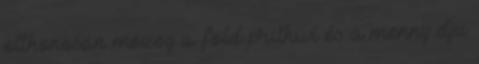
otthonosan mozog a föld prithiví és a menny dju